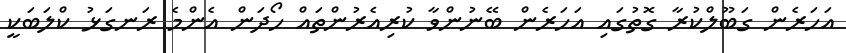
އަހަރެން ގަބޫލްކުރާ ގޮތުގައި އަހަރެން ބޭނުންވާ ކުރިއެރުންތައް ހޯދަން އެންމެ ރަނގަޅު ކްލަބަކީ